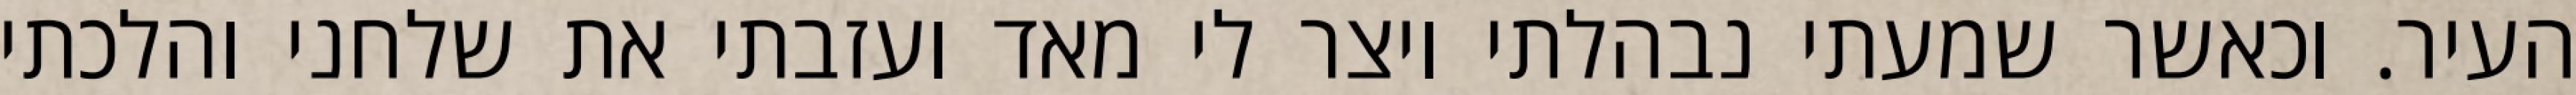
העיר. וכאשר שמעתי נבהלתי ויצר לי מאד ועזבתי את שלחני והלכתי